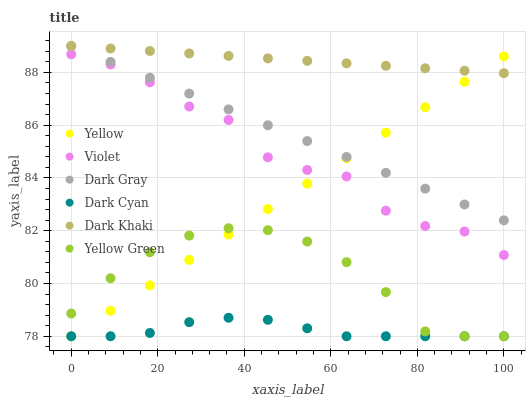
| xaxis_label | Yellow | Violet | Dark Gray | Dark Cyan | Dark Khaki | Yellow Green |
 | --- | --- | --- | --- | --- | --- | --- |
 | 0 | 78 | 88.7 | 89 | 78 | 89 | 78.9 |
 | 9.09 | 79 | 88.3 | 88.4 | 78 | 88.9 | 80.2 |
 | 18.2 | 79.9 | 87.6 | 87.8 | 78.1 | 88.8 | 81.2 |
 | 27.3 | 80.9 | 86.7 | 87.2 | 78.5 | 88.7 | 81.8 |
 | 36.4 | 81.9 | 86.2 | 86.6 | 78.7 | 88.6 | 82.1 |
 | 45.5 | 82.8 | 84.8 | 86 | 78.6 | 88.5 | 82 |
 | 54.5 | 83.8 | 84.3 | 85.4 | 78.3 | 88.4 | 81.6 |
 | 63.6 | 84.8 | 84.1 | 84.8 | 78 | 88.3 | 80.8 |
 | 72.7 | 85.7 | 82.8 | 84.2 | 78 | 88.3 | 79.7 |
 | 81.8 | 86.7 | 82.2 | 83.6 | 78 | 88.2 | 78.2 |
 | 90.9 | 87.6 | 82 | 83 | 78 | 88.1 | 78 |
 | 100 | 88.6 | 81.1 | 82.4 | 78 | 88 | 78 |